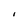
Character: I